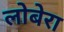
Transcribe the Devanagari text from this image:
लोबेरा